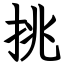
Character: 挑